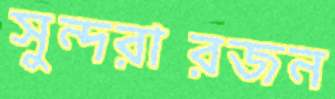
সুন্দরারজন